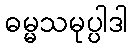
ဓမ္မသမုပ္ပါဒါ